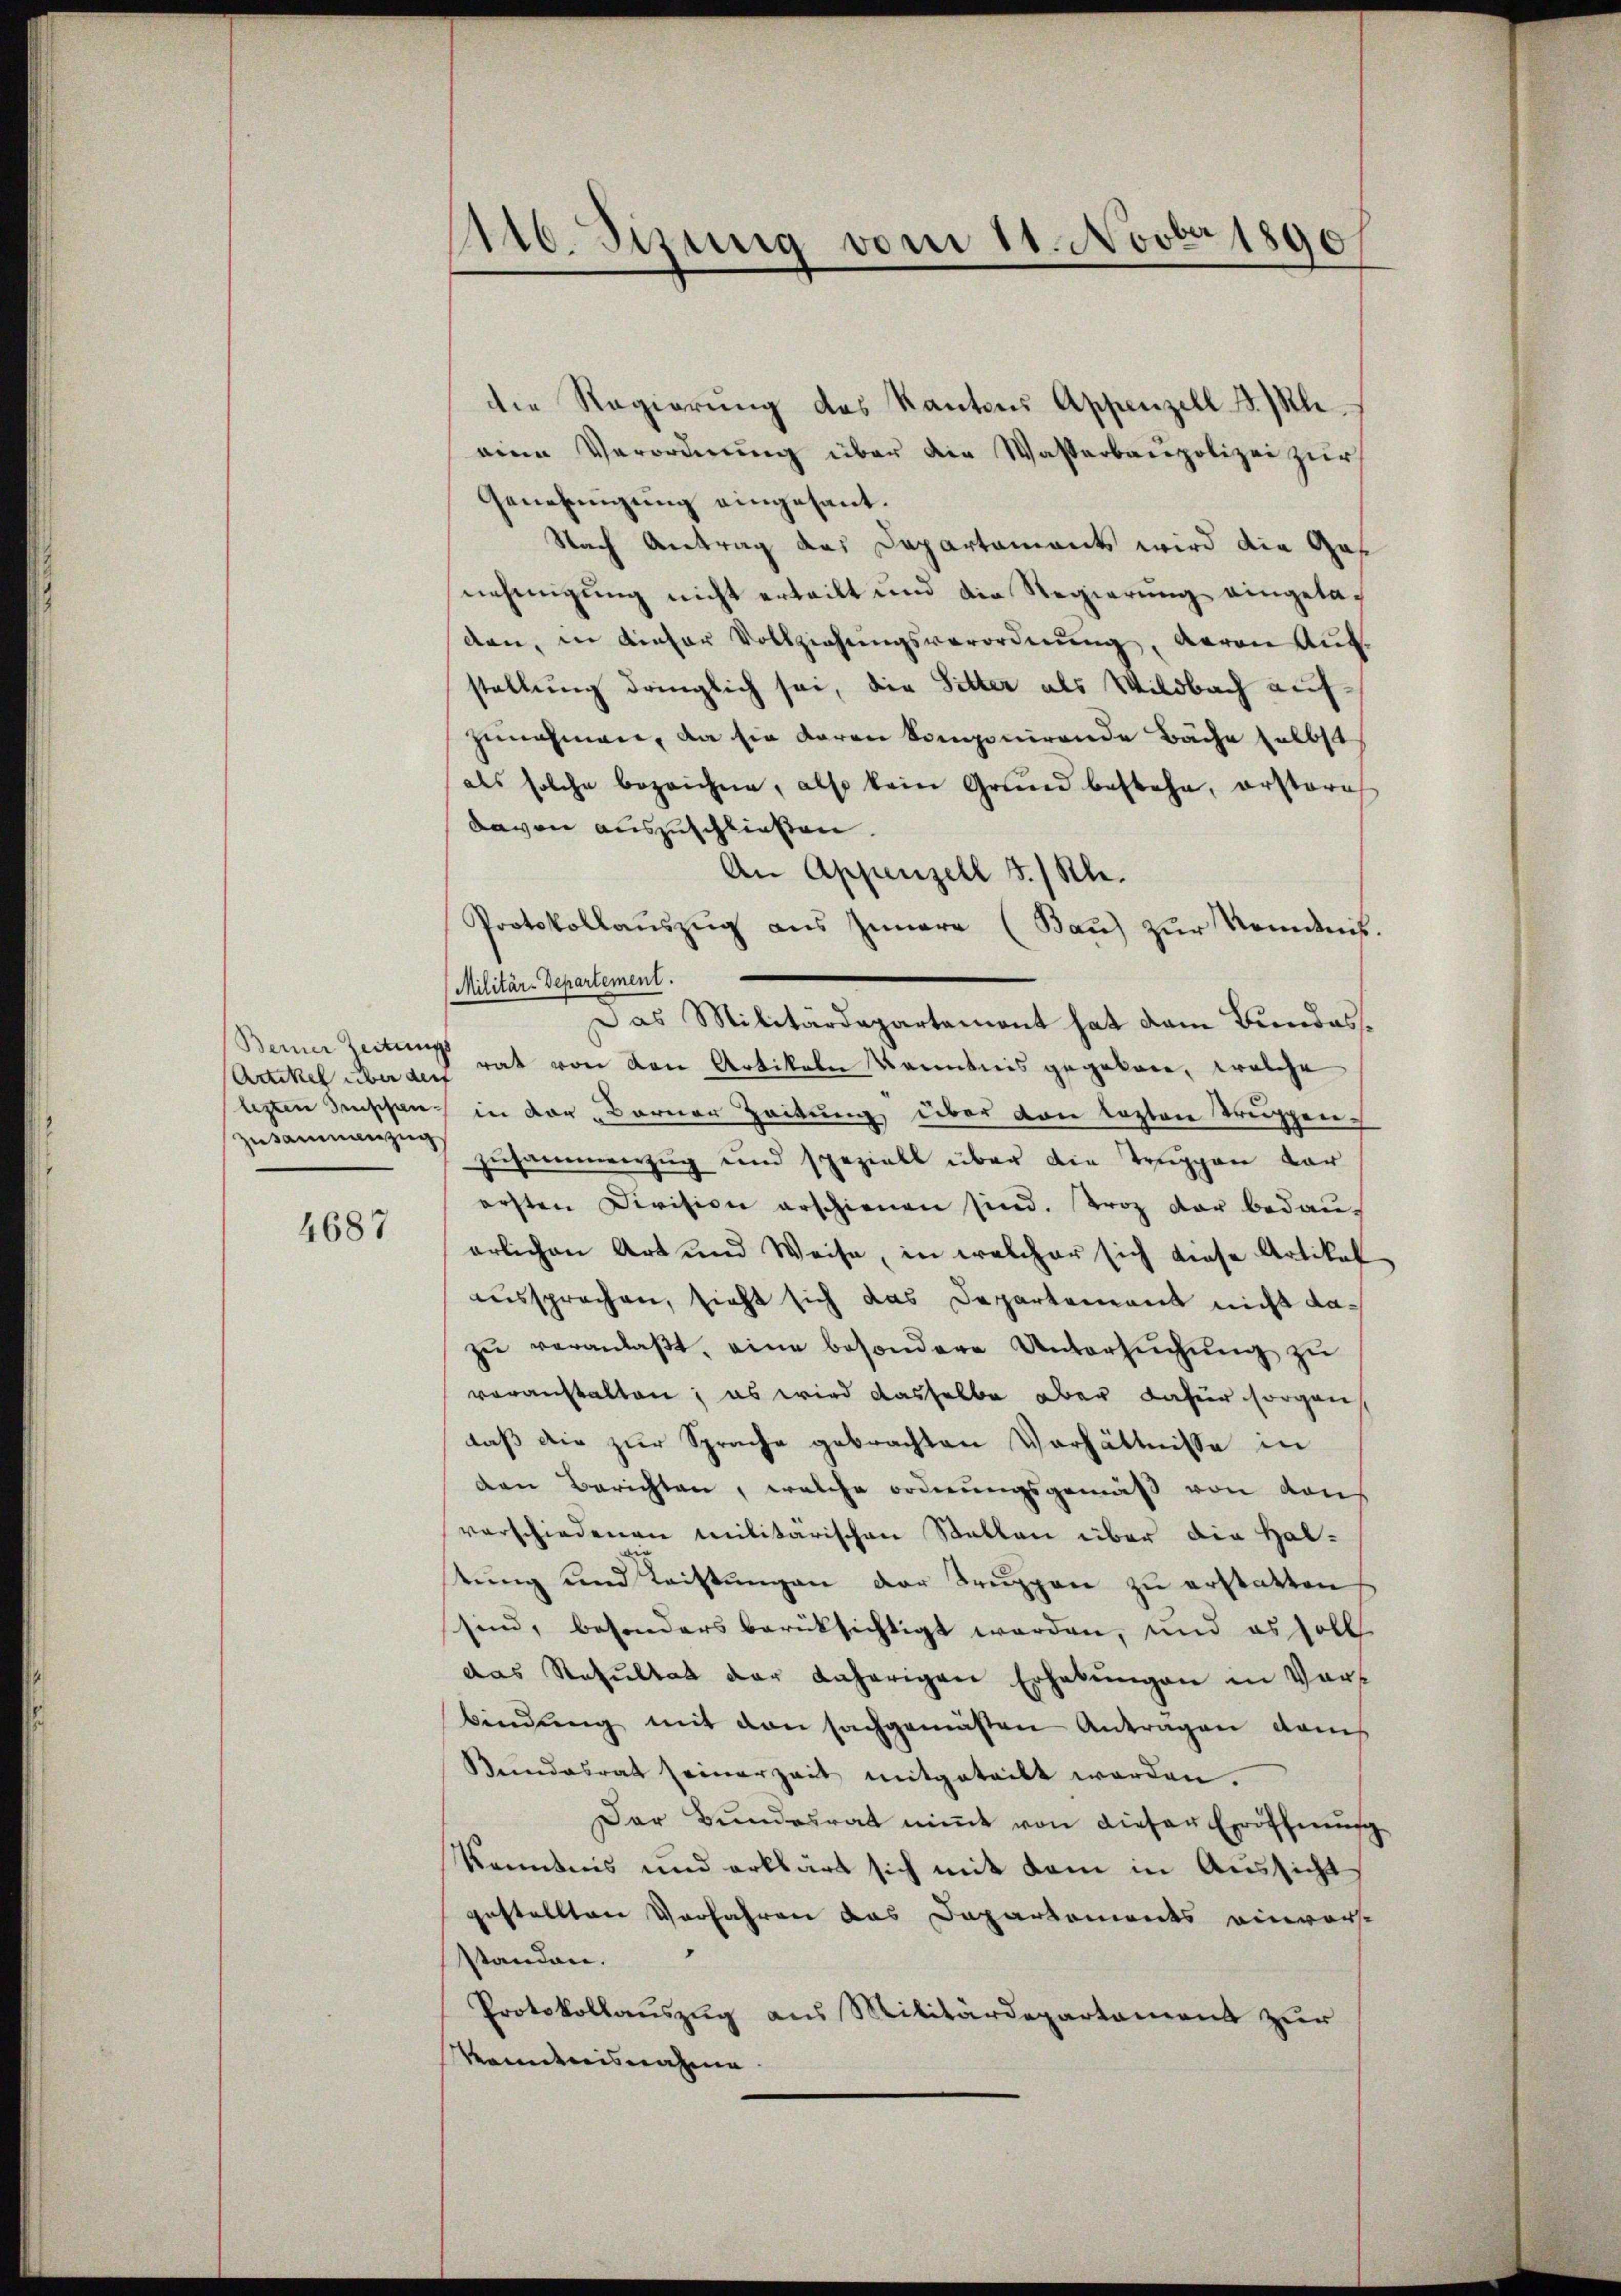
Artikel über der
Zusammenzug

4687

116. Sizung vom 11. Novber 1890

die Regierŭng des Kantons Appenzell B. Pleeine Verordnung über die Wasserbaupolizei zur
Genehmigung eingesant.
Nach Antrag des Departaments wird die Ges
nehmigung nicht erteilt und die Regierŭng eingetaden, in dieser Vollziehungsverordnung, daran Auf-
stellung dringlich sei, die Sitter als Wildbach aufzunahmen, da sie daran komponirende Bäche selbst
als solche bezeichne, also kein Grund bestehe, erstoris
davon auszuschließen.
An Appenzell I/Rh.
Protokollaŭszŭg aŭs Innere (Bau) zur Romanis.
Militär-Departement.
Das Militärdepartement hat dem Bundes¬
Beiner Zeitung hat von den Artikeln Kenntnis gegebene, welche
lezten denschen in der Berner Zeitung über den lezten Truppen
zusammenzug und speziell über die Truppen dar
ersten Division erschienen sind. Troz der bedau-
ärlichen Art und Weise, in welcher sich diese Artikel
aussprechen, sieht sich das Departement nicht dazu veranlaßt, eine besondere Untersuchung zu
veranstalten; es wird dasselbe aber dafür sorgen
daß die zur Sprache gebrachten Verhältnisse in
den Berichten, welche ordnungsgemäß von Kau
verschiedenen Militärischen Statten über die Hali
stung und Leistungen der Truppen zu erstatten
sind, besonders berücksichtigt werden, und es soll
das Resultat der daherigen Erhebungen in Vor-
bindŭng mit den sachgemäßen Antragen dam
Bundesrat seiner Zeit mitgeteilt werden.
Der Bundesrat niṁt von dieser Eröffnung
Kenntnis und erklärt sich mit dem in Aussicht
gestellten Verfahren das Departements einvorst
standen.
Protokollauszug aus Militärdepartament zur
Maienisnahme